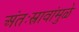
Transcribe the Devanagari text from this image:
अंतःस्रावांमुळे